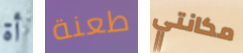
أة طعنة مكانتي